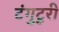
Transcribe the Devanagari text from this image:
टंगुटूरी